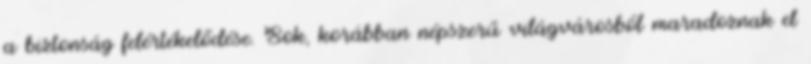
a biztonság felértékelődése. Sok, korábban népszerű világvárosból maradoznak el